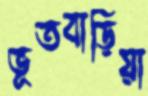
ভূতবাড়িয়া